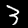
Digit: 3